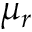
\mu _ { r }